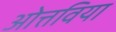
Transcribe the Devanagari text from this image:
ओत्तविया